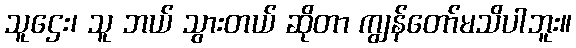
သူဌေး၊ သူ ဘယ် သွားတယ် ဆိုတာ ကျွန်တော်မသိပါဘူး။